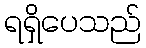
ရရှိပေသည်